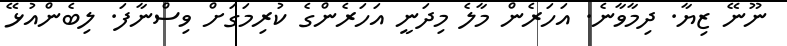
ނޫނޭ ޒިޔާ. ދިމާވާނެ. އަހަރެން މާލެ މިދަނީ އަހަރެންގެ ކުރިމަގަށް ވިސްނާފަ. ލިބެންއުޅޭ